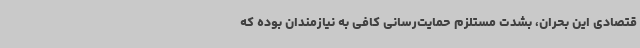
قتصادی این بحران، بشدت مستلزم حمایت‌رسانی کافی به نیازمندان بوده که